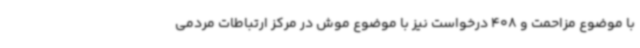
با موضوع مزاحمت و 408 درخواست نیز با موضوع موش در مرکز ارتباطات مردمی